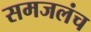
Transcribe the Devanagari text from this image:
समजलंच